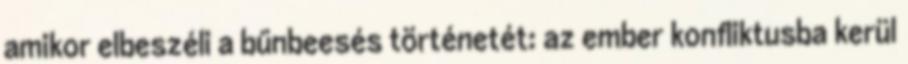
amikor elbeszéli a bűnbeesés történetét: az ember konfliktusba kerül